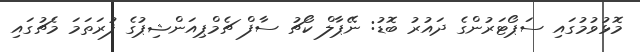
މޮޅުވުމުގައި ސަޕޯޓަރުންގެ ދައުރު ބޮޑު: ނޭޕާލް ކޯޗު ސާފް ޗެމްޕިއަންޝިޕުގެ ފުރަތަމަ މެޗުގައި